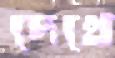
দেখে